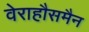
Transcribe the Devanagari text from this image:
वेराहौसमैन